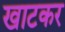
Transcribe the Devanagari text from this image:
खाटकर